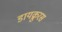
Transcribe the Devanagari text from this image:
डायक्रुरस